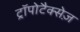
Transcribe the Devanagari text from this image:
ट्रॉपोटैक्सेज़